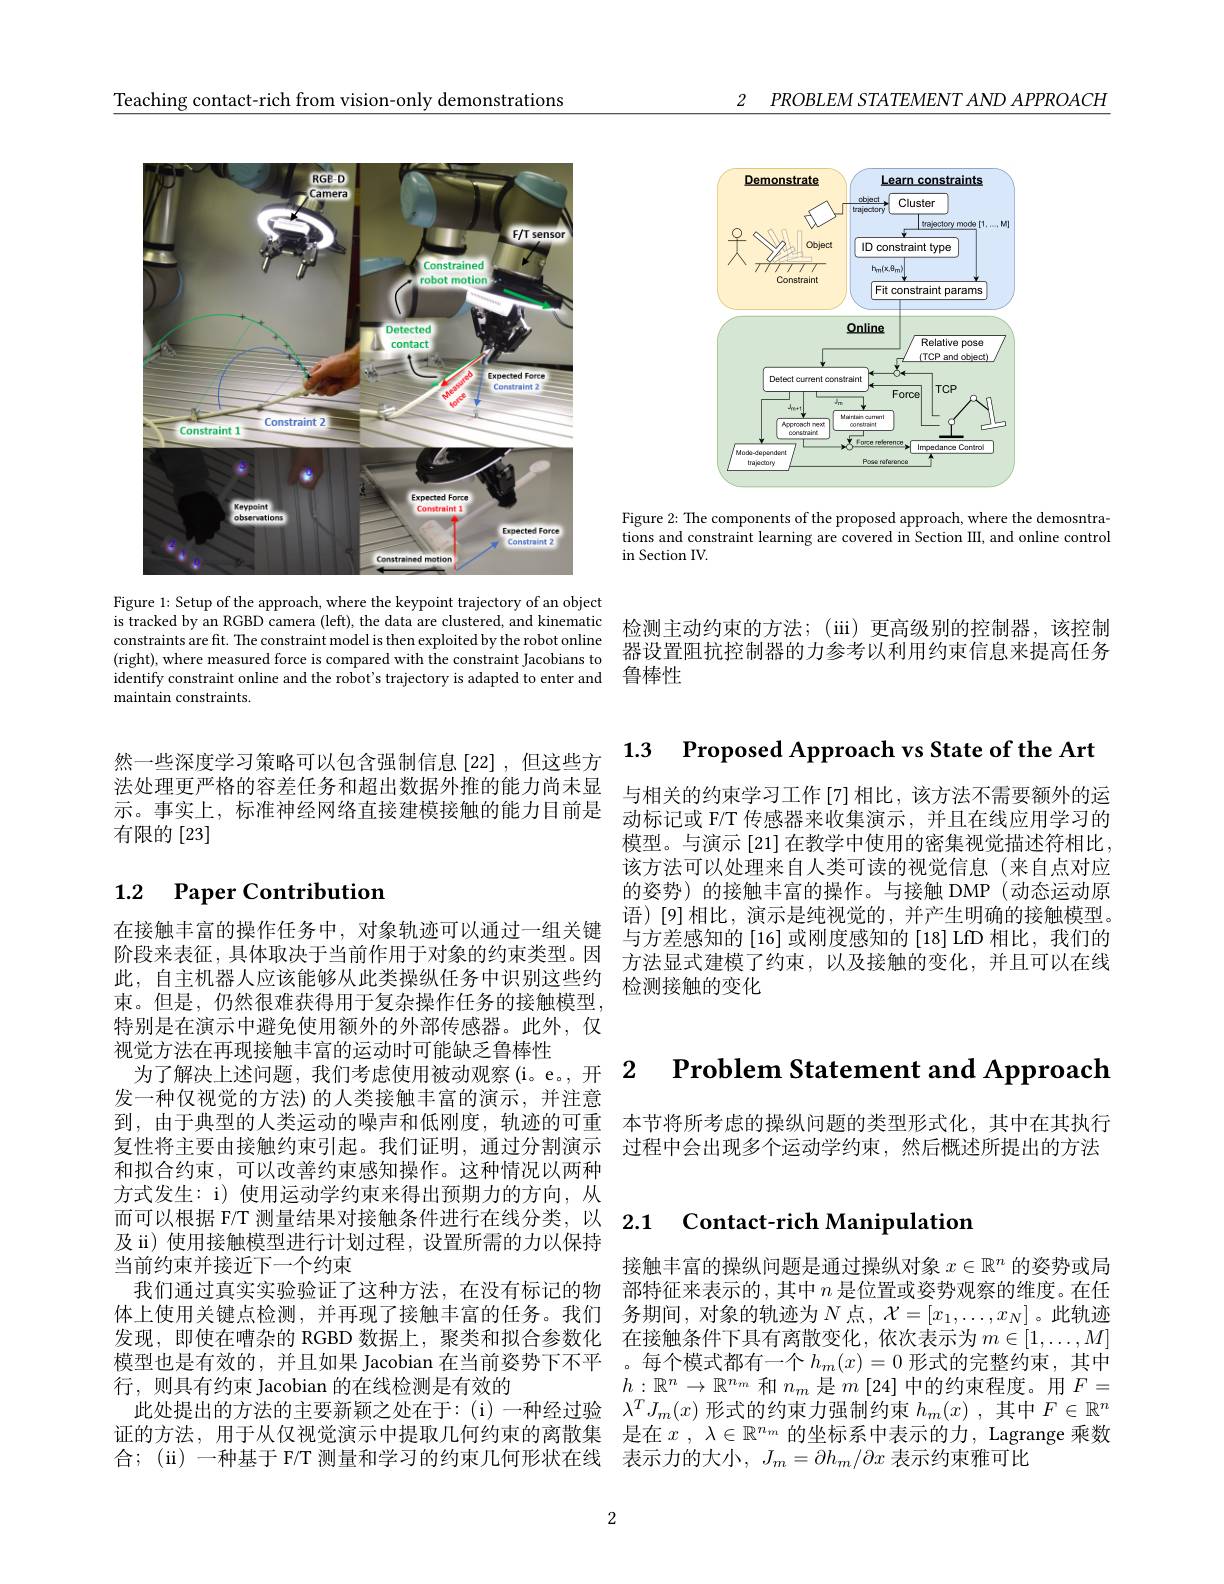
Teaching contact-rich from vision-only demonstrations

2 $PROBLEM$ $STATEMENT$ $AND$ $APPROACH$

<FigureHere>
Figure 1: Setup of the approach, where the keypoint trajectory of an object

is tracked by an RGBD camera (left), the data are clustered, and kinematic constraints are fit. The constraint model is then exploited by the robot online (right), where measured force is compared with the constraint Jacobians to identify constraint online and the robot's trajectory is adapted to enter and 鲁棒性
maintain constraints.

<FigureHere>

Figure 2: The components of the proposed approach, where the demosntra tions and constraint learning are covered in Section III, and online control in Section IV.

检测主动约束的方法；(ii) 更高级别的控制器，该控制器设置阻抗控制器的力参考以利用约束信息来提高任务

1.3 Proposed Approach vs State of the Art

与相关的约束学习工作[7]相比，该方法不需要额外的运动标记或 F/T 传感器来收集演示，并且在线应用学习的模型。与演示[21] 在教学中使用的密集视觉描述符相比， 该方法可以处理来自人类可读的视觉信息(来自点对应的姿势)的接触丰富的操作。与接触 DMP(动态运动原语)[9]相比，演示是纯视觉的，并产生明确的接触模型。与方差感知的[16] 或刚度感知的 [18] LfD 相比，我们的方法显式建模了约束，以及接触的变化，并且可以在线
此，自主机器人应该能够从此类操纵任务中识别这些约 检测接触的变化

然一些深度学习策略可以包含强制信息[22],但这些方法处理更严格的容差任务和超出数据外推的能力尚未显示。事实上，标准神经网络直接建模接触的能力目前是有限的[23]

# 1.2 Paper Contribution

在接触丰富的操作任务中，对象轨迹可以通过一组关键阶段来表征，具体取决于当前作用于对象的约束类型。因束。但是，仍然很难获得用于复杂操作任务的接触模型， 特别是在演示中避免使用额外的外部传感器。此外，仅视觉方法在再现接触丰富的运动时可能缺乏鲁棒性
发一种仅视觉的方法)的人类接触丰富的演示，并注意和拟合约束，可以改善约束感知操作。这种情况以两种方式发生：i) 使用运动学约束来得出预期力的方向，从而可以根据 F/T 测量结果对接触条件进行在线分类，以2.1 $\textbf{Contact- rich Manipulation}$
及 ii) 使用接触模型进行计划过程，设置所需的力以保持
当前约束并接近下一个约束
我们通过真实实验验证了这种方法，在没有标记的物
体上使用关键点检测，并再现了接触丰富的任务。我们 务期间，对象的轨迹为$N$ 点，$\mathcal{X}=[x_1,\ldots,x_N]$。此轨迹发现，即使在嘈杂的 RGBD 数据上，聚类和拟合参数化 在接触条件下具有离散变化，依次表示为$m\in[1,\ldots,M]$ 模型也是有效的，并且如果 Jacobian 在当前姿势下不平 。每个模式都有一个$h_m(x)=0$ 形式的完整约束，其中行，则具有约束 Jacobian 的在线检测是有效的
此处提出的方法的主要新颖之处在于：(i)一种经过验$\lambda^TJ_m(x)$形式的约束力强制约束$h_m(x)$ ,其中$F\in\mathbb{R}^n$ 证的方法，用于从仅视觉演示中提取几何约束的离散集 是在$x$ , $\lambda \in \mathbb{R} ^{n_m}$的坐标系中表示的力，Lagrange 乘数合；(ii) 一种基于 F/T 测量和学习的约束几何形状在线 表示力的大小，$J_m=\partial h_m/\partial x$表示约束雅可比

为了解决上沭问题。我们考虑使用被动观察(i。e。开2 $\textbf{Problem Statement and Approach}$

到，由于典型的人类运动的噪声和低刚度，轨迹的可重 本节将所考虑的操纵问题的类型形式化，其中在其执行复性将主要由接触约束引起。我们证明，通过分割演示 过程中会出现多个运动学约束，然后概述所提出的方法

接触丰富的操纵问题是通过操纵对象$x\in\mathbb{R}^n$的姿势或局部特征来表示的，其中$n$是位置或姿势观察的维度。在任$h:\mathbb{R}^n\to\mathbb{R}^{n_m}$和$n_m$是$m\left[24\right]$中的约束程度。用$F=$

2